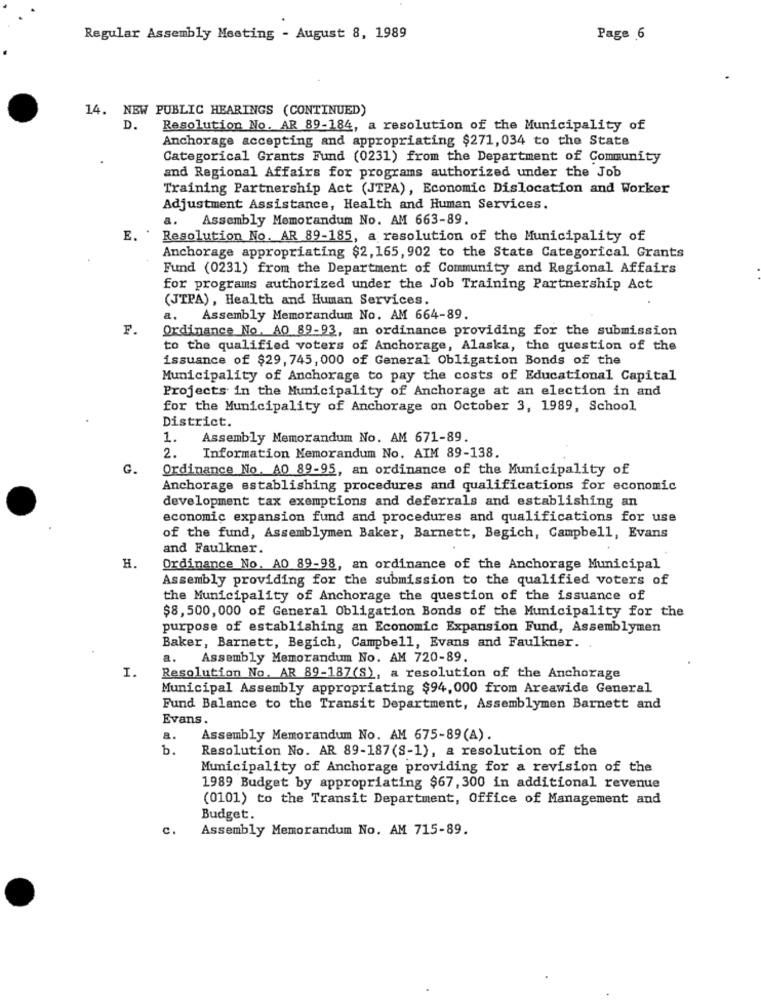
Regular Assembly Meeting - August 8, 1989
Page 6
14. NEW PUBLIC HEARINGS (CONTINUED)
D.
Resolution No. AR 89-184, a resolution of the Municipality of
Anchorage accepting and appropriating $271, 034 to the State
Categorical Grants Fund (0231) from the Department of Community
and Regional Affairs for programs authorized under the Job
Training Partnership Act (JTPA), Economic Dislocation and Worker
Adjustment Assistance, Health and Human Services.
a.
Assembly Memorandum No. AM 663-89.
E.
Resolution No. AR 89-185, a resolution of the Municipality of
Anchorage appropriating $2,165, 902 to the State Categorical Grants
Fund (0231) from the Department of Community and Regional Affairs
for programs authorized under the Job Training Partnership Act
(JTPA), Health and Human Services.
a. Assembly Memorandum No. AM 664-89.
F.
Ordinance No. AO 89-93, an ordinance providing for the submission
to the qualified voters of Anchorage, Alaska, the question of the
issuance of $29, 745, 000 of General Obligation Bonds of the
Municipality of Anchorage to pay the costs of Educational Capital
Projects in the Municipality of Anchorage at an election in and
for the Municipality of Anchorage on October 3, 1989, School
District.
1. Assembly Memorandum No. AM 671-89.
2.
Information Memorandum No. AIM 89-138.
G.
Ordinance No. AO 89-95, an ordinance of the Municipality of
Anchorage establishing procedures and qualifications for economic
development tax exemptions and deferrals and establishing an
economic expansion fund and procedures and qualifications for use
of the fund, Assemblymen Baker, Barnett, Begich, Campbell, Evans
and Faulkner.
H.
Ordinance No. AO 89-98, an ordinance of the Anchorage Municipal
Assembly providing for the submission to the qualified voters of
the Municipality of Anchorage the question of the issuance of
$8,500, 000 of General Obligation Bonds of the Municipality for the
purpose of establishing an Economic Expansion Fund, Assemblymen
Baker, Barnett, Begich, Campbell, Evans and Faulkner.
a. Assembly Memorandum No. AM 720-89.
I.
Resolution No. AR 89-187(S), a resolution of the Anchorage
Municipal Assembly appropriating $94, 000 from Areawide General
Fund Balance to the Transit Department, Assemblymen Barnett and
Evans.
a.
Assembly Memorandum No. AM 675-89(A).
b.
Resolution No. AR 89-187(8-1), a resolution of the
Municipality of Anchorage providing for a revision of the
1989 Budget by appropriating $67, 300 in additional revenue
(0101) to the Transit Department, Office of Management and
Budget.
c.
Assembly Memorandum No. AM 715-89.